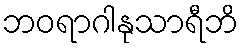
ဘဝရာဂါနုသာရီဘိ